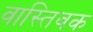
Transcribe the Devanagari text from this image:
वास्‍तिवक